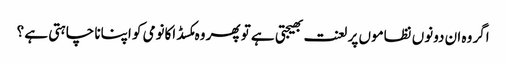
اگر وہ ان دونوں نظاموں پر لعنت بھیجتی ہے تو پھر وہ مکسڈ اکانومی کو اپنانا چاہتی ہے ؟